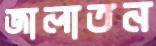
জালাতন